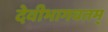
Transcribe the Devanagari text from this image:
देवीभागवतम्